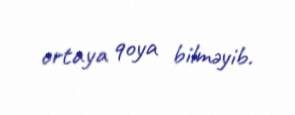
ortaya qoya bilməyib.